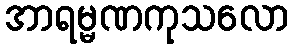
အာရမ္မဏကုသလော